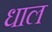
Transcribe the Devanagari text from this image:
धाल